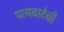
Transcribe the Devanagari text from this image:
पायवाटेची